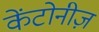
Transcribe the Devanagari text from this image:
केंटोनीज़